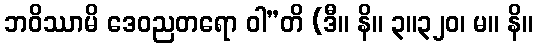
ဘဝိဿာမိ ဒေဝညတရော ဝါ”တိ (ဒီ။ နိ။ ၃။၃၂၀၊ မ။ နိ။